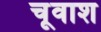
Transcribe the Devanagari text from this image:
चूवाश